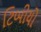
ટિબીયો